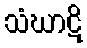
သံဃာဋိ